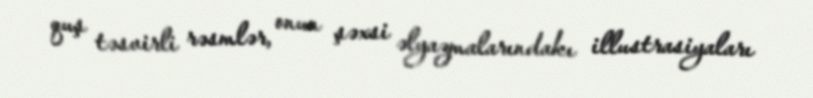
quş təsvirli rəsmlər, onun şəxsi əlyazmalarındakı illustrasiyaları